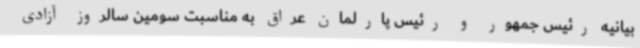
بیانیه رئیس جمهور و رئیس پارلمان عراق به مناسبت سومین سالروز آزادی